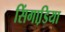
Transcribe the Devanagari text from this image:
सिंगाडि़या